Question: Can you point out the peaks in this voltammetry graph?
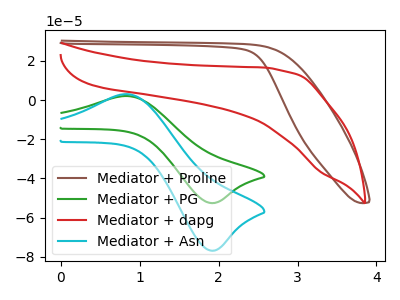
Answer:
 <answer>The brown curve "Mediator + Proline" has no peaks. The green curve "Mediator + PG" has an anodic peak at (0.85V, 2.05uA) and a cathodic peak at (1.90V, -52.60uA). The red curve "Mediator + dapg" has no peaks. The cyan curve "Mediator + Asn" has an anodic peak at (0.85V, 3.00uA) and a cathodic peak at (1.90V, -76.90uA).</answer>
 <eval></eval>